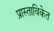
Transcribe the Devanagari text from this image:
प्रास्ताविकेत